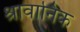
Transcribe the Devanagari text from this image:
श्रावानिक